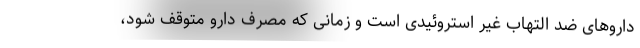
داروهای ضد التهاب غیر استروئیدی است و زمانی که مصرف دارو متوقف شود،